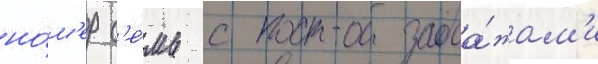
но́м'ер с'е́мь с прода́жам'и